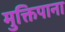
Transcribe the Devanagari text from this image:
मुक्तिपाना